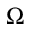
\Omega